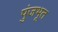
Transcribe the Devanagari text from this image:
पुंजभूत